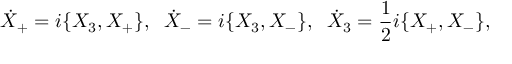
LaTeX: \dot { X } _ { + } = i \{ X _ { 3 } , X _ { + } \} , \; \; \dot { X } _ { - } = i \{ X _ { 3 } , X _ { - } \} , \; \; \dot { X } _ { 3 } = \frac { 1 } { 2 } i \{ X _ { + } , X _ { - } \} ,